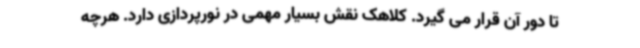
تا دور آن قرار می گیرد. کلاهک نقش بسیار مهمی در نورپردازی دارد. هرچه